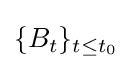
\{B_{t}\}_{t\leq t_{0}}